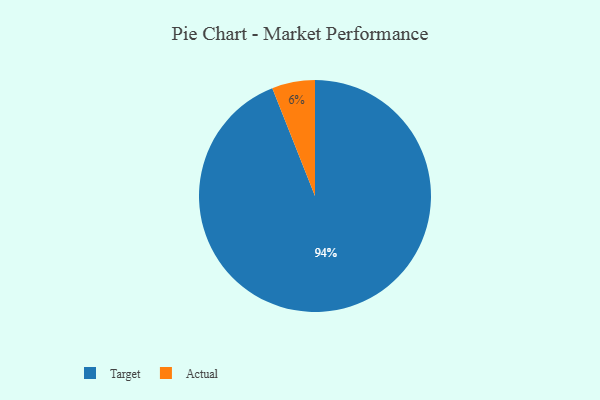
{"axis": {"x": "Category", "y": "Percentage"}, "legend": ["Actual", "Target"], "data": [{"x": "Actual", "y": 6, "type": "Actual"}, {"x": "Target", "y": 94, "type": "Target"}]}